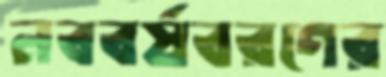
নববর্ষবরণের